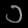
Digit: ၁